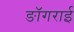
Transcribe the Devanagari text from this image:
ङॉगराई